Annual statistical returns and brief notes on vaccination in Bengal - 1896-1909
Year: 1896
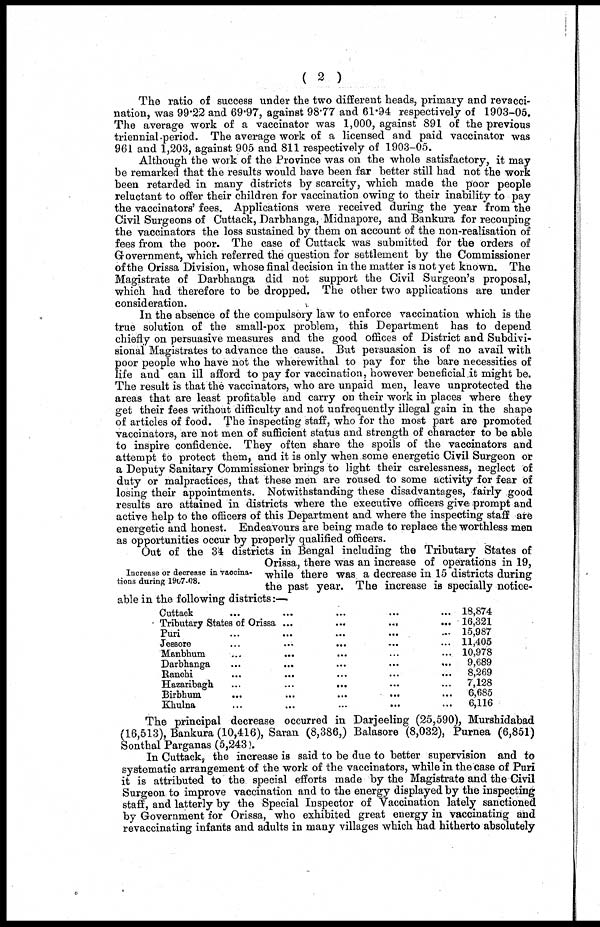
( 2 )
The ratio of success under the two different heads, primary and revacci-
nation, was 99.22 and 69.97, against 98.77 and 61.94 respectively of 1903-05.
The average work of a vaccinator was 1,000, against 891 of the previous
triennial period. The average work of a licensed and paid vaccinator was
961 and 1,203, against 905 and 811 respectively of 1903-05.
Although the work of the Province was on the whole satisfactory, it may
be remarked that the results would have been far better still had not the work
been retarded in many districts by scarcity, which made the poor people
reluctant to offer their children for vaccination owing to their inability to pay
the vaccinators' fees. Applications were received during the year from the
Civil Surgeons of Cuttack, Darbhanga, Midnapore, and Bankura for recouping
the vaccinators the loss sustained by them on account of the non-realisation of
fees from the poor. The case of Cuttack was submitted for the orders of
Government, which referred the question for settlement by the Commissioner
of the Orissa Division, whose final decision in the matter is not yet known. The
Magistrate of Darbhanga did not support the Civil Surgeon's proposal,
which had therefore to be dropped. The other two applications are under
consideration.
In the absence of the compulsory law to enforce vaccination which is the
true solution of the small-pox problem, this Department has to depend
chiefly on persuasive measures and the good offices of District and Subdivi-
sional Magistrates to advance the cause. But persuasion is of no avail with
poor people who have not the wherewithal to pay for the bare necessities of
life and can ill afford to pay for vaccination, however beneficial it might be.
The result is that the vaccinators, who are unpaid men, leave unprotected the
areas that are least profitable and carry on their work in places where they
get their fees without difficulty and not unfrequently illegal gain in the shape
of articles of food. The inspecting staff, who for the most part are promoted
vaccinators, are not men of sufficient status and strength of character to be able
to inspire confidence. They often share the spoils of the vaccinators and
attempt to protect them, and it is only when some energetic Civil Surgeon or
a Deputy Sanitary Commissioner brings to light their carelessness, neglect of
duty or malpractices, that these men are roused to some activity for fear of
losing their appointments. Notwithstanding these disadvantages, fairly good
results are attained in districts where the executive officers give prompt and
active help to the officers of this Department and where the inspecting staff are
energetic and honest. Endeavours are being made to replace the worthless men
as opportunities occur by properly qualified officers.
Increase or decrease in vaccina-
tions during 1907-08.
Out of the 34 districts in Bengal including the Tributary States of
Orissa, there was an increase of operations in 19,
while there was. a decrease in 15 districts during
the past year. The increase is specially notice-
able in the following districts:—
Cuttack ... ... ... ... ...
Tributary States of Orissa
...
...
...
...
...
Puri ... ... ... ... ...
Jessore ... ... ... ... ...
Manbhum ... ... ... ... ...
Darbhanga
...
...
...
...
...
Ranchi
...
...
...
...
...
Hazaribagh
...
...
...
...
...
Birbhum
...
...
...
...
...
Khulna ... ... ... ... ...
18,874
16,321
15,987
11,405
10,978
9,689
8,269
7,128
6,685
6,116
The principal decrease occurred in Darjeeling (25,590), Murshidabad
(16,513), Bankura (10,416), Saran (8,386,) Balasore (8,032), Purnea (6,851)
Sonthal Parganas (5,243).
In Cuttack, the increase is said to be due to better supervision and to
systematic arrangement of the work of the vaccinators, while in the case of Puri
it is attributed to the special efforts made by the Magistrate and the Civil
Surgeon to improve vaccination and to the energy displayed by the inspecting
staff, and latterly by the Special Inspector of Vaccination lately sanctioned
by Government for Orissa, who exhibited great energy in vaccinating and
revaccinating infants and adults in many villages which had hitherto absolutely